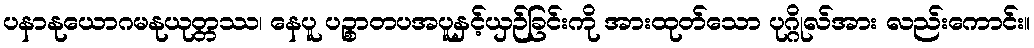
ပနာနုယောဂမနုယုတ္တဿ၊ နေပူ ပဉ္စာတပအပူနှင့်ယှဉ်ခြင်းကို အားထုတ်သော ပုဂ္ဂိုလ်အား လည်းကောင်း။